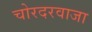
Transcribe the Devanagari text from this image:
चोरदरवाजा